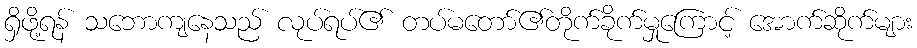
ရှိဖို့ရန် သဘောကျနေသည် လုပ်ရပ်၏ တပ်မတော်၏တိုက်ခိုက်မှုကြောင့် အောက်ဆိုက်များ